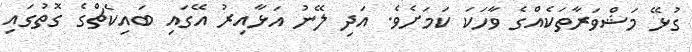
ގުޅޭ މަޝްވަރާތަކެއްގެ ވާހަކަ ކަމަށެވެ. އަދި ލޭނު އަޅާއިރު އޭގައި ބައިކެޗްގެ ގޮތުގައި